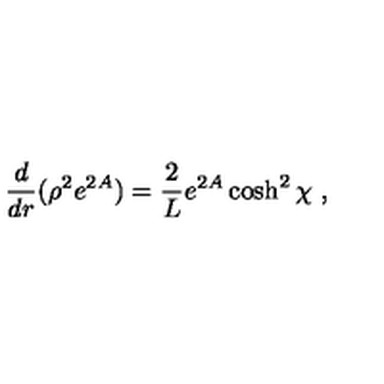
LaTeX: \frac { d } { d r } ( \rho ^ { 2 } e ^ { 2 A } ) = \frac { 2 } { L } e ^ { 2 A } \cosh ^ { 2 } \chi \ ,